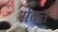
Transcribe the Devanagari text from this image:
सेबत